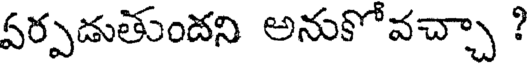
వర్పడుతుందని అనుకోవచ్చా ?